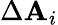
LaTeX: \Delta\mathbf{A}_{i}